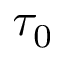
\tau _ { 0 }